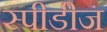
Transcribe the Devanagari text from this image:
स्पीडीज